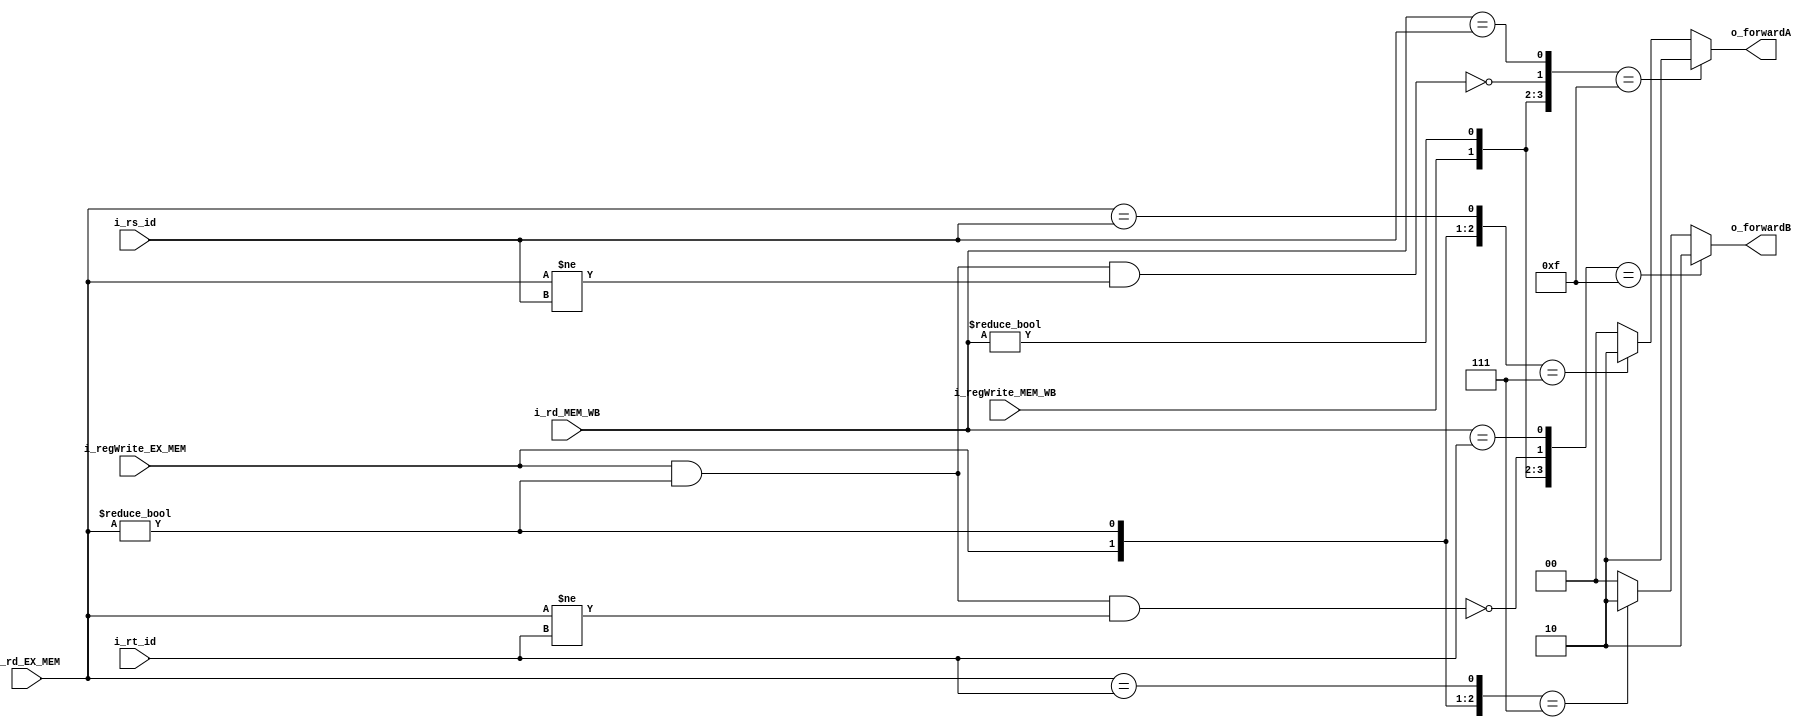
`timescale 1ns / 1ps

module fowarding_unit #(
   // Parameters:
   parameter N_BITS_REG = 6
)
   // Inputs & Outputs:
(  // Inputs de la etapa ID/EX:
   input  [N_BITS_REG-1:0] i_rt_id,
   input  [N_BITS_REG-1:0] i_rs_id,
   
   // Inputs de la etapa EX/MEM:
   input  [N_BITS_REG-1:0] i_rd_EX_MEM,
   input  i_regWrite_EX_MEM,
   
  // Inputs de la etapa MEM/WB:
   input  [N_BITS_REG-1:0] i_rd_MEM_WB, 
   input  i_regWrite_MEM_WB,
   
   output reg [1:0] o_forwardA,
   output reg [1:0] o_forwardB
);

   reg [2:0] temp1_EX;  // 3-bits
   reg [2:0] temp2_EX;  // 3-bits
   reg [3:0] temp1_MEM; // 4-bits
   reg [3:0] temp2_MEM; // 4-bits

////////////////////////////////////////////////////
   // Start-code:
   
   always @(*) begin 
   o_forwardA = 2'b00;
   o_forwardB = 2'b00;
   
   // Concatenacin de inputs para riesgos de EX: 
   // Concatenacin de 3-bits
   temp1_EX = {i_regWrite_EX_MEM, 
                  (i_rd_EX_MEM != 0), 
                  (i_rd_EX_MEM == i_rs_id)};
   temp2_EX = {i_regWrite_EX_MEM, 
                  (i_rd_EX_MEM != 0), 
                  (i_rd_EX_MEM == i_rt_id)};
   
   if(temp1_EX == 3'b111)
      o_forwardA = 2'b10; // Seal para la ALU
   if(temp2_EX == 3'b111)
      o_forwardB = 2'b10; // Seal para la ALU
   
   // Concatenacin de inputs para riesgos de MEM:
   // Concatenacin de 4-bits
   temp1_MEM = {i_regWrite_MEM_WB, 
                  (i_rd_MEM_WB != 0),
                 ~(i_regWrite_EX_MEM && (i_rd_EX_MEM != 0) && (i_rd_EX_MEM != i_rs_id)), 
                  (i_rd_MEM_WB == i_rs_id)};
   temp2_MEM = {i_regWrite_MEM_WB, 
                  (i_rd_MEM_WB != 0),
                 ~(i_regWrite_EX_MEM && (i_rd_EX_MEM != 0) && (i_rd_EX_MEM != i_rt_id)), 
                  (i_rd_MEM_WB == i_rt_id)};
   
   if(temp1_MEM == 4'b1111)
      o_forwardA = 2'b10; // Seal para la MEM
   if(temp2_MEM == 4'b1111)
      o_forwardB = 2'b10; // Seal para la MEM
   
   
   end//end_always
endmodule